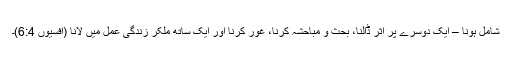
شامل ہونا – ایک دوسرے پر اثر ڈالنا، بحث و مباحشہ کرنا، غور کرنا اور ایک ساتھ ملکر زندگی عمل میں لانا (افسیوں 6:4)۔